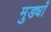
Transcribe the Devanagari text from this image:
मुड्याँ